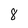
Character: 8